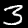
Label: 3